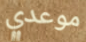
موعدي